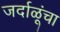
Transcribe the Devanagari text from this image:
जर्दाळूंचा